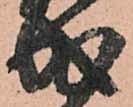
成